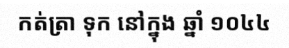
កត់ត្រា ទុក នៅក្នុង ឆ្នាំ ១០៤៤